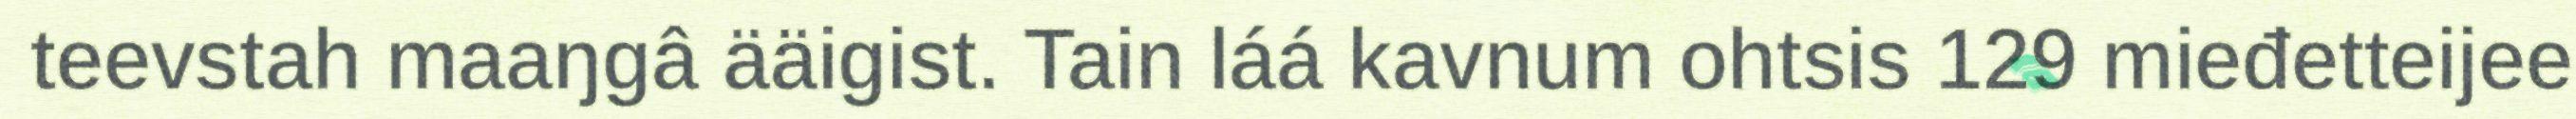
teevstah maaŋgâ ääigist. Tain láá kavnum ohtsis 129 mieđetteijee